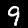
Label: 9